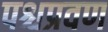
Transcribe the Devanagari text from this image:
पश्चप्रवण